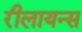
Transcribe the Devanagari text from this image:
रीलायन्स